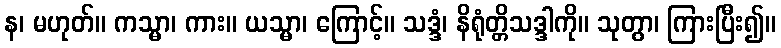
န၊ မဟုတ်။ ကသ္မာ၊ ကား။ ယသ္မာ၊ ကြောင့်။ သဒ္ဒံ၊ နိရုံတ္တိသဒ္ဒါကို။ သုတွာ၊ ကြားပြီး၍။